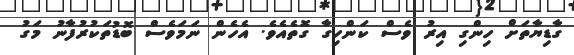
ގާޑިޔާތަށް ހިންގި އިރު ވެސް ކަންހިގާ ގޮތެއެވެ. އެހެން ނަމަވެސް ބޮޑުތަކުރުފާނު މަގު